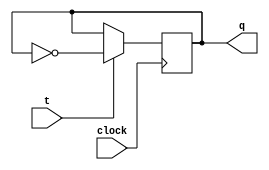
module tff(t,clock,q);
	input t,clock;
	output q;
	reg q;
	
	initial q=0;
	
	always@(posedge clock)
	  begin 
	   if (t)
	     q <= ~q;
	   else 
	     q <= q;
	  end
endmodule